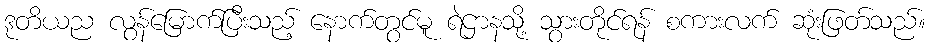
ဒုတိယည လွန်မြောက်ပြီးသည့် နောက်တွင်မူ ရဲဌာနသို့ သွားတိုင်ရန် စကားလက် ဆုံးဖြတ်သည်။